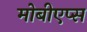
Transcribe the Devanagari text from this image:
मोबीएप्स